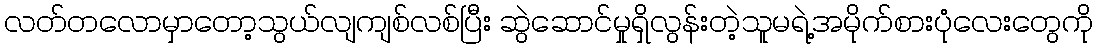
လတ်တလောမှာတော့သွယ်လျကျစ်လစ်ပြီး ဆွဲဆောင်မှုရှိလွန်းတဲ့သူမရဲ့အမိုက်စားပုံလေးတွေကို